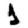
Digit: 1